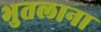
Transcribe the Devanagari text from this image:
भुतलाना